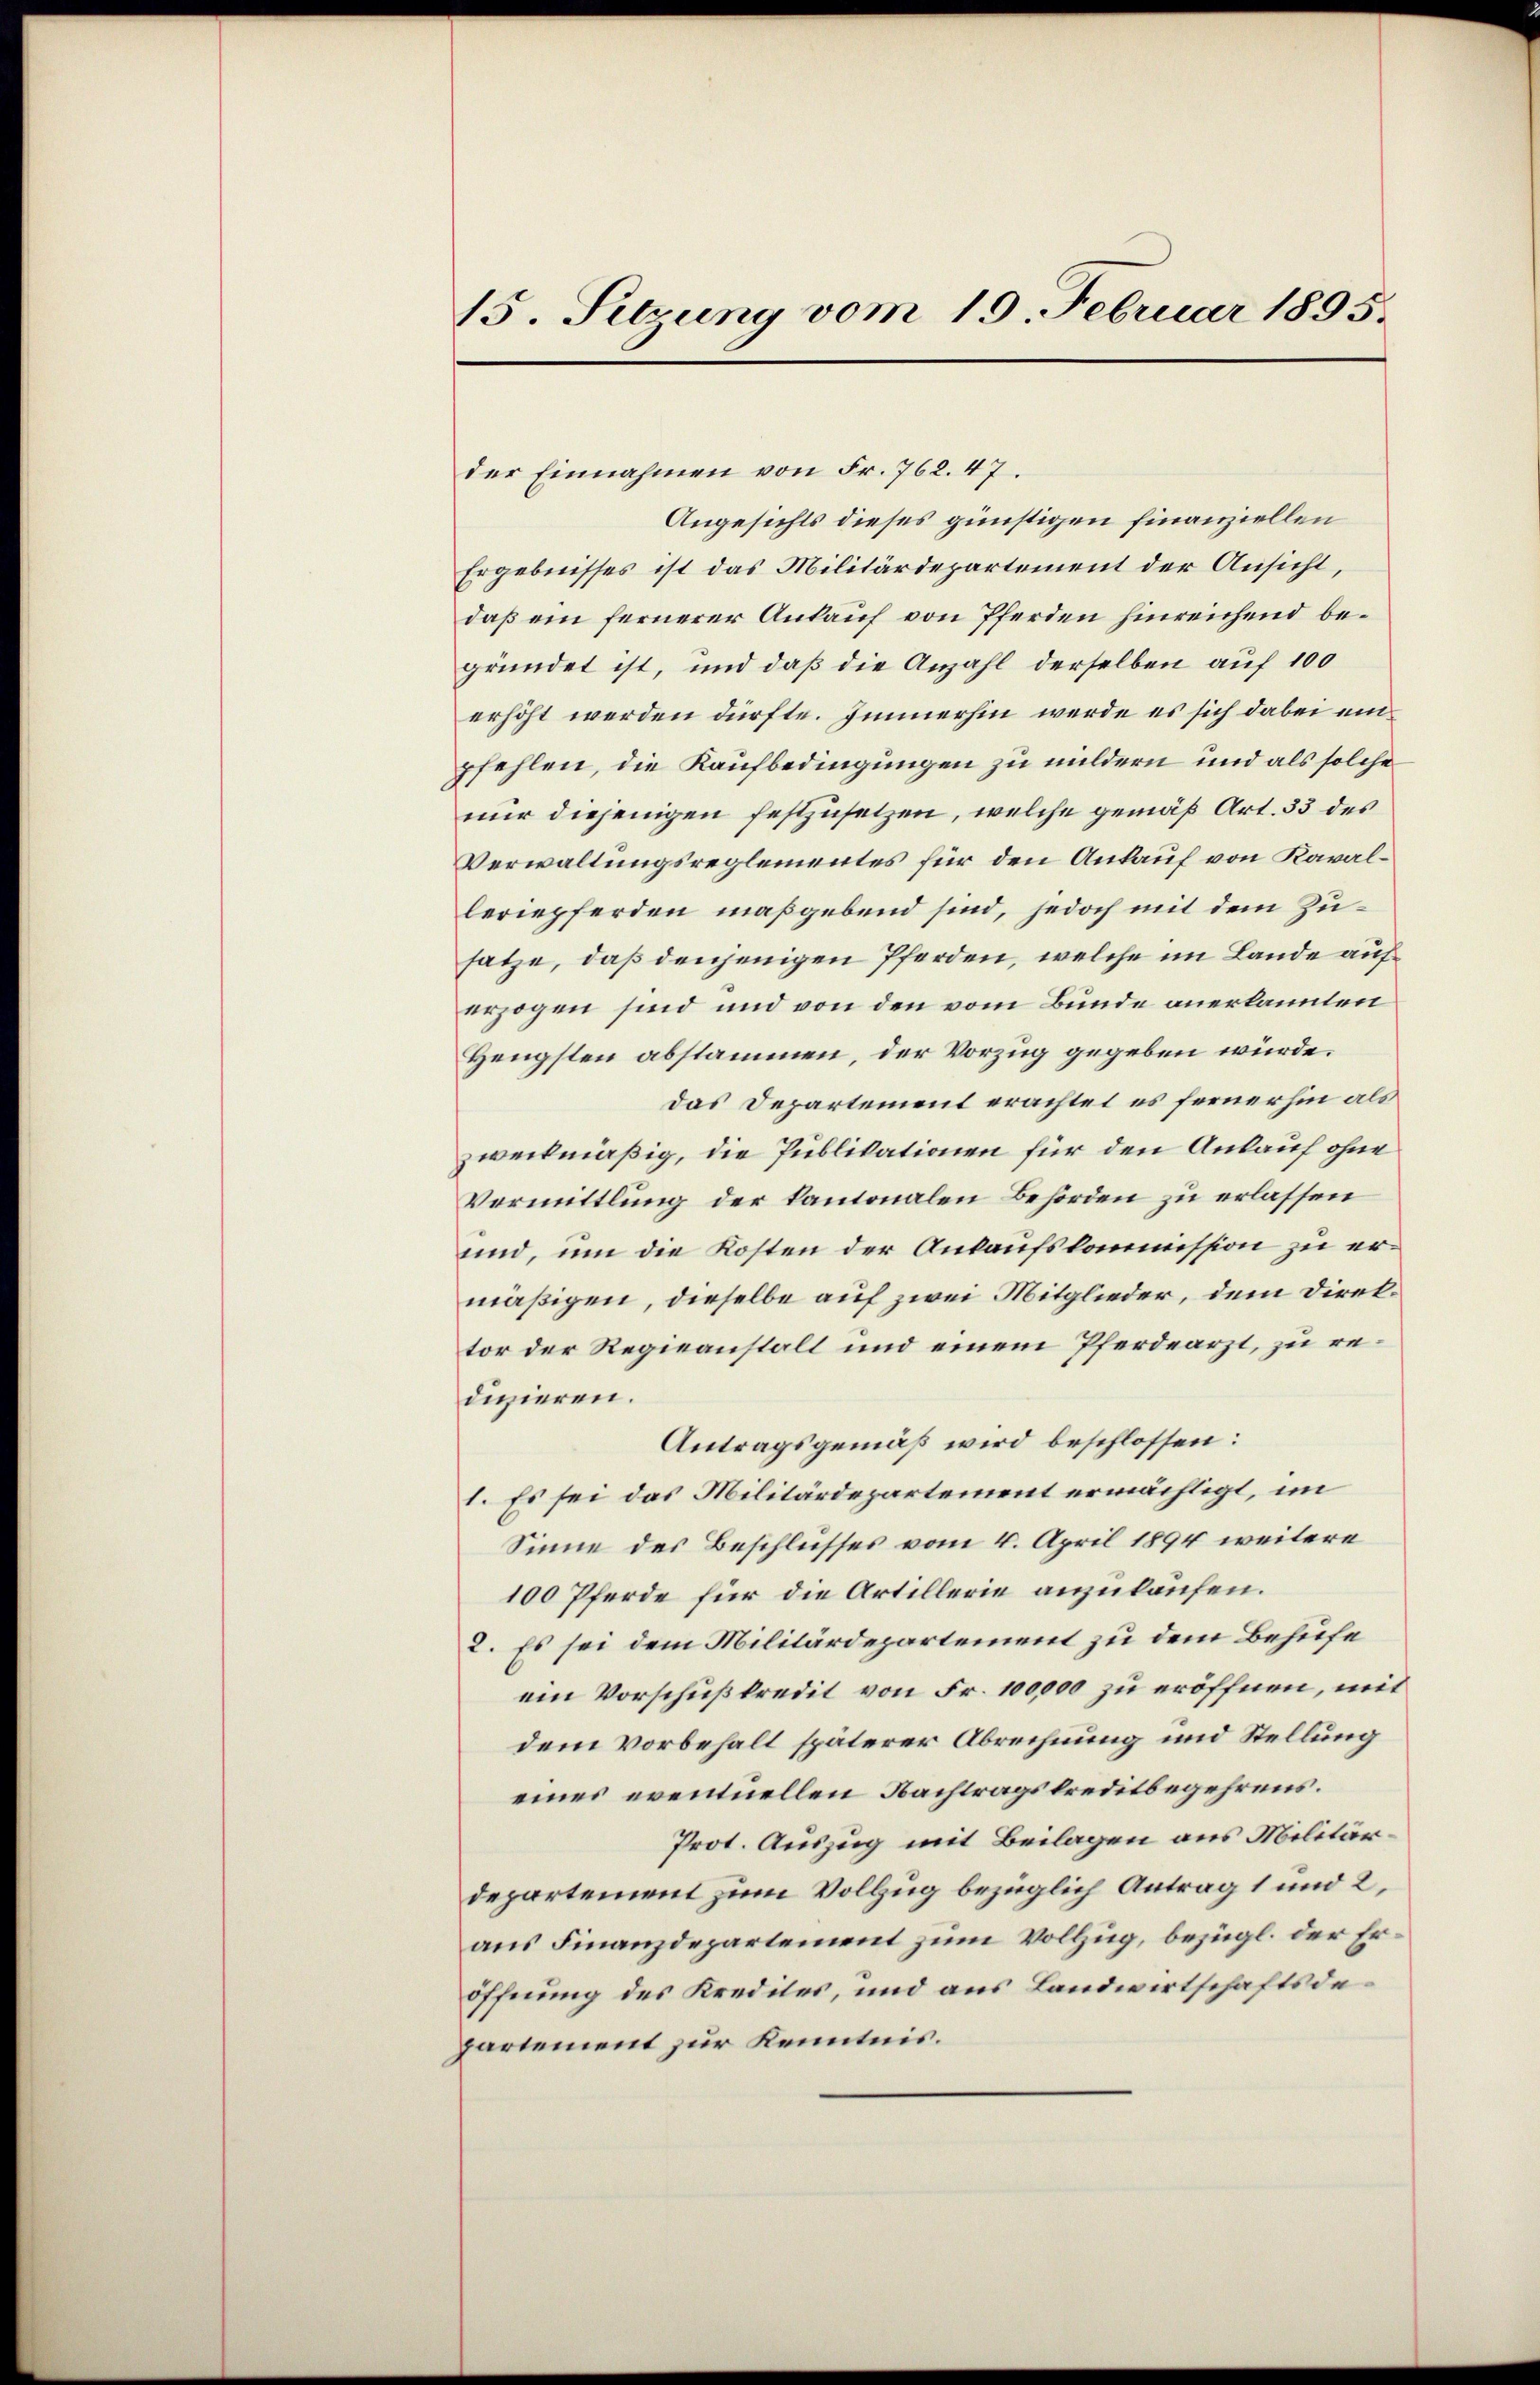
15. Setzung vom 19. Februar 1895.

der Einnahmen von Fr. 762. 47.
Angesichts dieses günstigen finanziellen
Ergebnisses ist das Militärdepartement der Ansicht,
daß ein fernerer Ankauf von Pferden hinreichend begründet ist, und daß die Anzahl derselben auf 100
erhöht werden dürfte. Immerhin werde es sich dabei einpfehlen, die Kaufbedingungen zu mildern und als solche
nur diejenigen festzusetzen, welche gemäß Art. 33 des
Verwaltungsreglementes für den Ankauf von Kavalleriepferden maßgebend sind, jedoch mit dem Zusatze, daß denjenigen Pferden, welche im Lande auferzogen sind und von den vom Bunde anerkannten
Hengsten abstammen, der Vorzug gegeben würde.
das Departement erachtet es fernerhin als
zweckmäßig, die Publikationen für den Ankauf ohne
Vermittlung der kantonalen Behörden zu erlassen
und, um die Kosten der Ankaufskommission zu ermäßigen, dieselbe auf zwei Mitglieder, dem Direktor der Regieanstalt und einem Pferdearzt, zu redivieren.
Antragsgemäß wird beschlossen:
1. Es sei das Militärdepartement ermächtigt, im
Sinne des Beschlusses vom 4. April 1894 weitere
100 Pferde für die Artillerie anzulaufen.
2. Es sei dem Militärdepartement zu dem Behufe
ein Vorschußkredit von Fr. 100,000 zu eröffnen, mit
dem vorbehalt späterer Abrechnung und Stellung
eines eventuellen Nachtragskreditbegehrens.
Prot. Auszug mit Beilagen aus Militärdepartement zum Vollzug bezüglich Antrag 1 und 2,
aus Finanzdepartement zum Vollzug, bezügl. der Eröffnung des Kredites, und aus Landwirtschaftsdepartement zur Kenntnis.